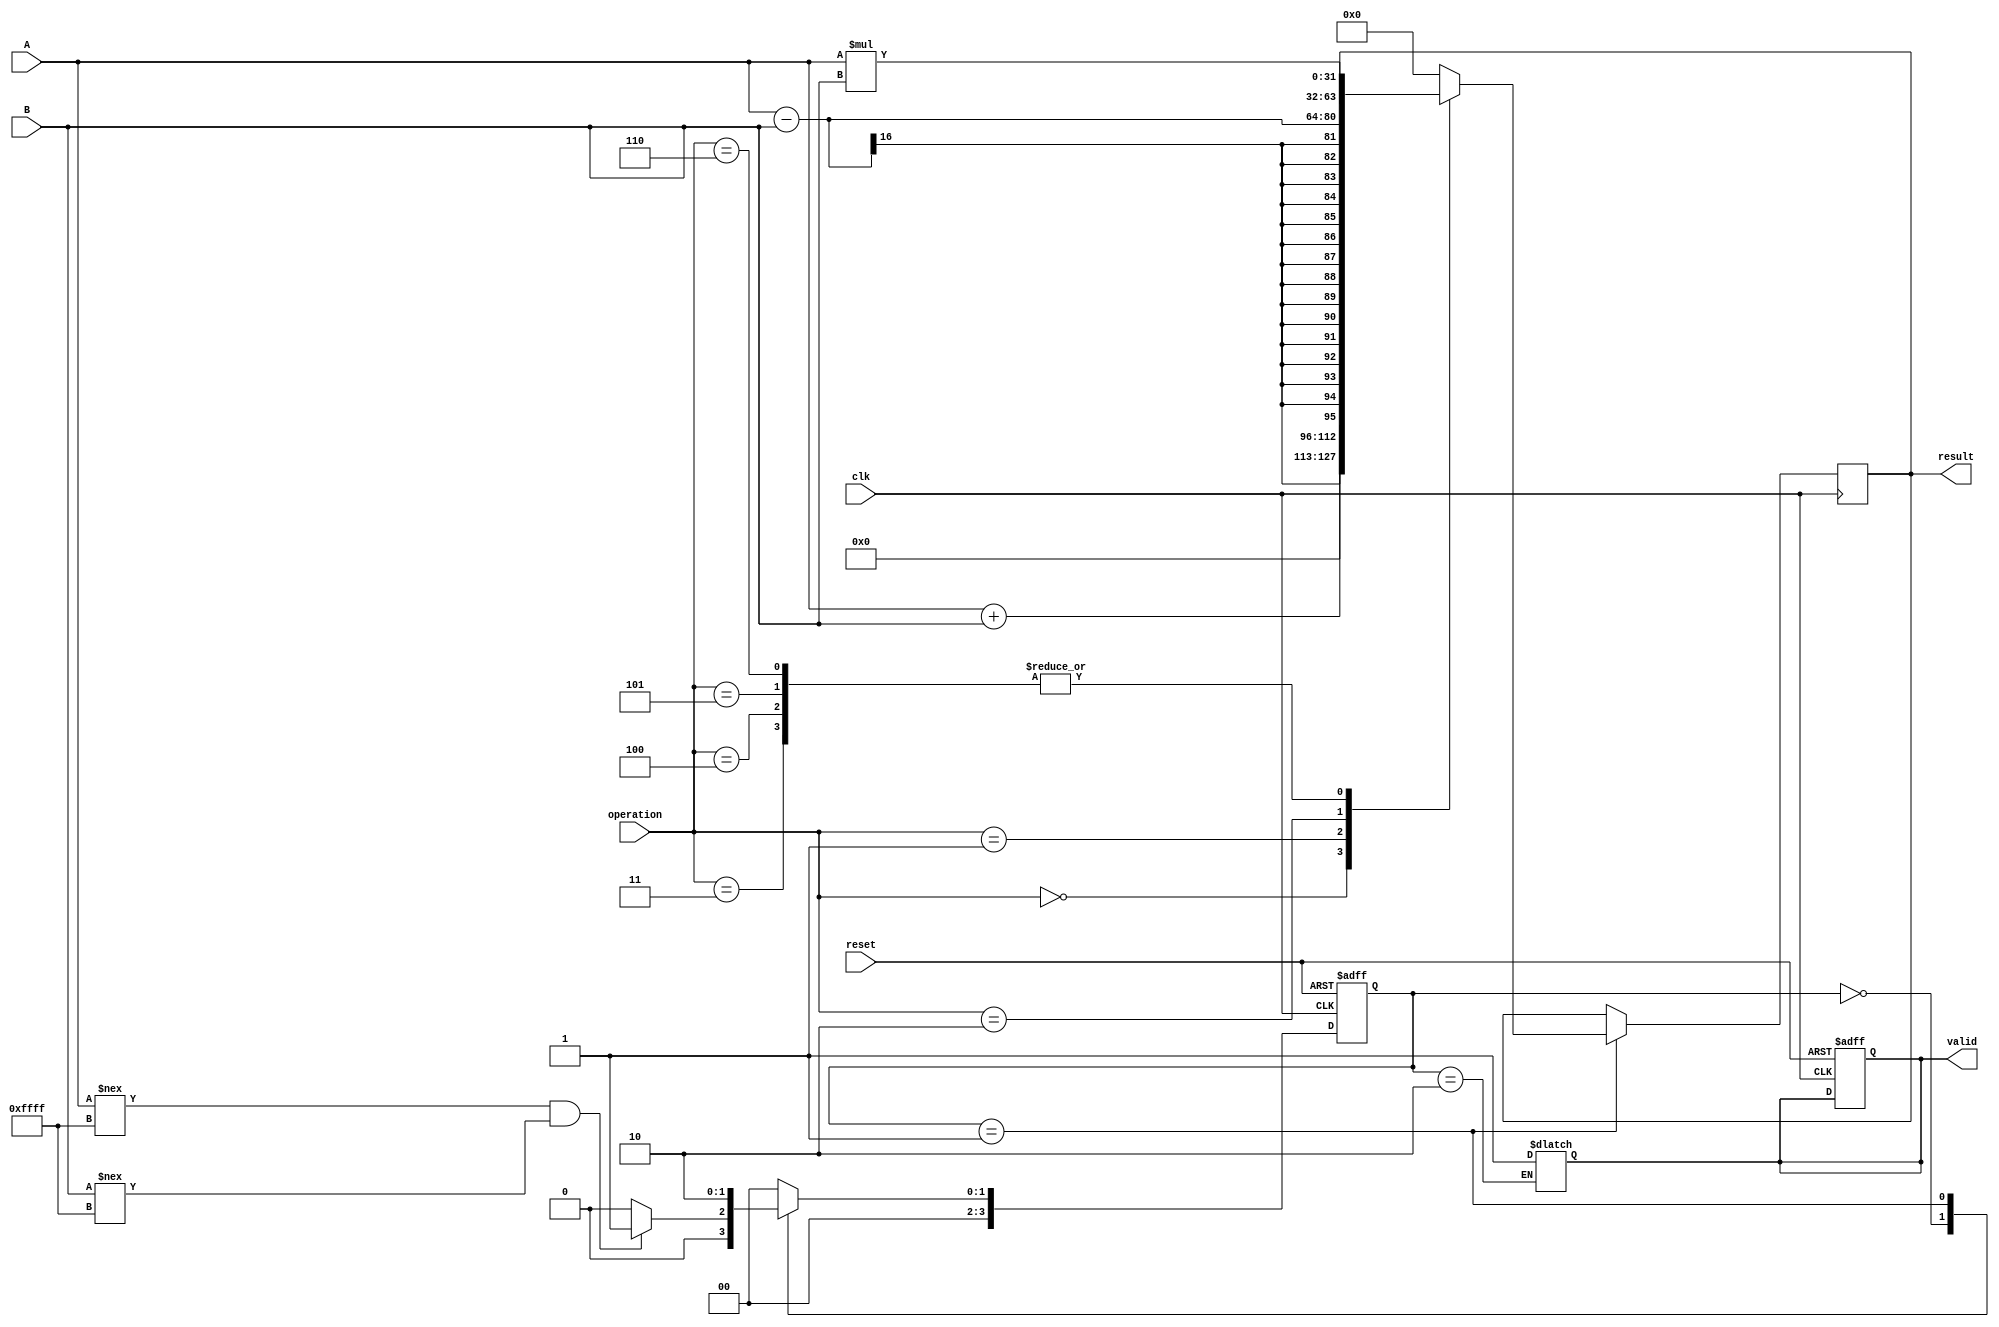
module unified_cordic (
    input clk,
    input reset,
    input [15:0] A,          // Operand A
    input [15:0] B,          // Operand B
    input [2:0] operation,   // Operation select: 0-Addition, 1-Subtraction, 2-Multiplication, 3-Division, 4-Sin, 5-Cos, 6-Arctan
    output reg [31:0] result, // Result of the operation
    output reg valid          // Valid flag for the output
);

// CORDIC parameters
parameter N = 16;            // Number of iterations for CORDIC
reg signed [31:0] x, y;      // CORDIC x and y values
reg signed [31:0] z;         // Angle for trigonometric calculations
reg [4:0] angle_table [0:N-1]; // Angle lookup table

// Initialize angle lookup table (in radians scaled appropriately)
initial begin
    // Fill with pre-computed angles
    angle_table[0] = 32'h3243F6A8; // atan(2^-0)
    angle_table[1] = 32'h1DAC6700; // atan(2^-1)
    angle_table[2] = 32'h0FAD6A00; // atan(2^-2)
    angle_table[3] = 32'h07A3D700; // atan(2^-3)
    // ... Add more angles as needed up to N
end

// Control unit
reg [3:0] state, next_state;

// FSM states
localparam IDLE        = 0;
localparam CALCULATE   = 1;
localparam DONE        = 2;

always @(posedge clk or posedge reset) begin
    if (reset) begin
        state <= IDLE;
        valid <= 0;
    end else begin
        state <= next_state;
    end
end

// State machine
always @(*) begin
    case (state)
        IDLE: begin
            if (A !== 16'hFFFF && B !== 16'hFFFF) // Check for valid inputs
                next_state = CALCULATE;
            else
                next_state = IDLE;
        end
        CALCULATE: begin
            next_state = DONE; // Move to done after calculation
        end
        DONE: begin
            valid = 1; // Indicate that output is valid
            next_state = IDLE; // Return to IDLE
        end
        default: next_state = IDLE;
    endcase
end

// CORDIC calculation
always @(posedge clk) begin
    if (state == CALCULATE) begin
        case (operation)
            3'b000: // Addition
                result <= A + B;
            3'b001: // Subtraction
                result <= A - B;
            3'b010: // Multiplication
                result <= A * B; // Simple multiplication, could be optimized with CORDIC
            3'b011: begin // Division using CORDIC
                // Initialize x and y
                x <= A;
                y <= B;
                z <= 0; // Initial angle
                // Implement the CORDIC iterative logic here for division
                // For simplicity, this part is left as an exercise
            end
            3'b100: begin // Sine
                // Rotation mode for sine calculation
                x <= 1 << 15; // Cosine starts at 1
                y <= 0;
                z <= A; // Input angle
                // Implement the CORDIC iterative logic here for sine
            end
            3'b101: begin // Cosine
                // Rotation mode for cosine calculation
                x <= 1 << 15; // Cosine starts at 1
                y <= 0;
                z <= A; // Input angle
                // Implement the CORDIC iterative logic here for cosine
            end
            3'b110: begin // Arctangent
                // Vectoring mode for arctangent calculation
                // Implement the CORDIC iterative logic here for arctangent
            end
            default: result <= 32'h00000000; // Default case
        endcase
    end
end

endmodule